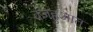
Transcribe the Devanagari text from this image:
वजहुआत